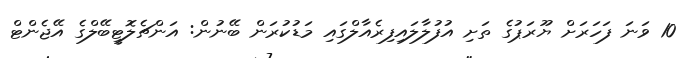
10 ވަނަ ފަހަރަށް ޔޫރަޕުގެ ތަށި އުފުލާލައިފިރެއާލްގައި މަޑުކުރަން ބޭނުން: އަންޗެލޮޓީބޭލްގެ އޭޖެންޓް